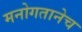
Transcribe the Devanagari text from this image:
मनोगतानेच